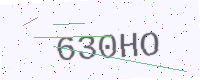
Text: 630HO